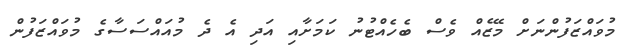
މުވައްޒަފުންނަށް މޭޒެއް ވެސް ބެހެއްޓުނު ކަމަށާއި އަދި އެ ދެ މުއައްސަސާގެ މުވައްޒަފުން